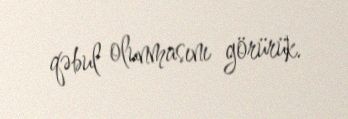
qəbul olunmasını görürük.